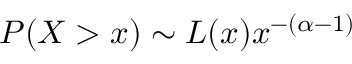
P ( X > x ) \sim L ( x ) x ^ { - ( \alpha - 1 ) }